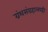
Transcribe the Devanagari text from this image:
ग्रंथसंग्रहालयही